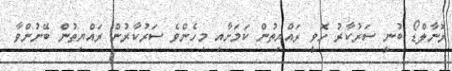
ރޮނާލްޑޯ ބުނީ ސަރުކާރު ހޮވީ ރައްޔިތުން ކަމަށާއި މިހެންވެ ސަރުކާރުން ރައްޔިތުން ބޭނުންވާ